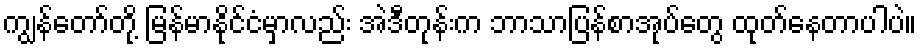
ကျွန်တော်တို့ မြန်မာနိုင်ငံမှာလည်း အဲဒီတုန်းက ဘာသာပြန်စာအုပ်တွေ ထုတ်နေတာပါပဲ။